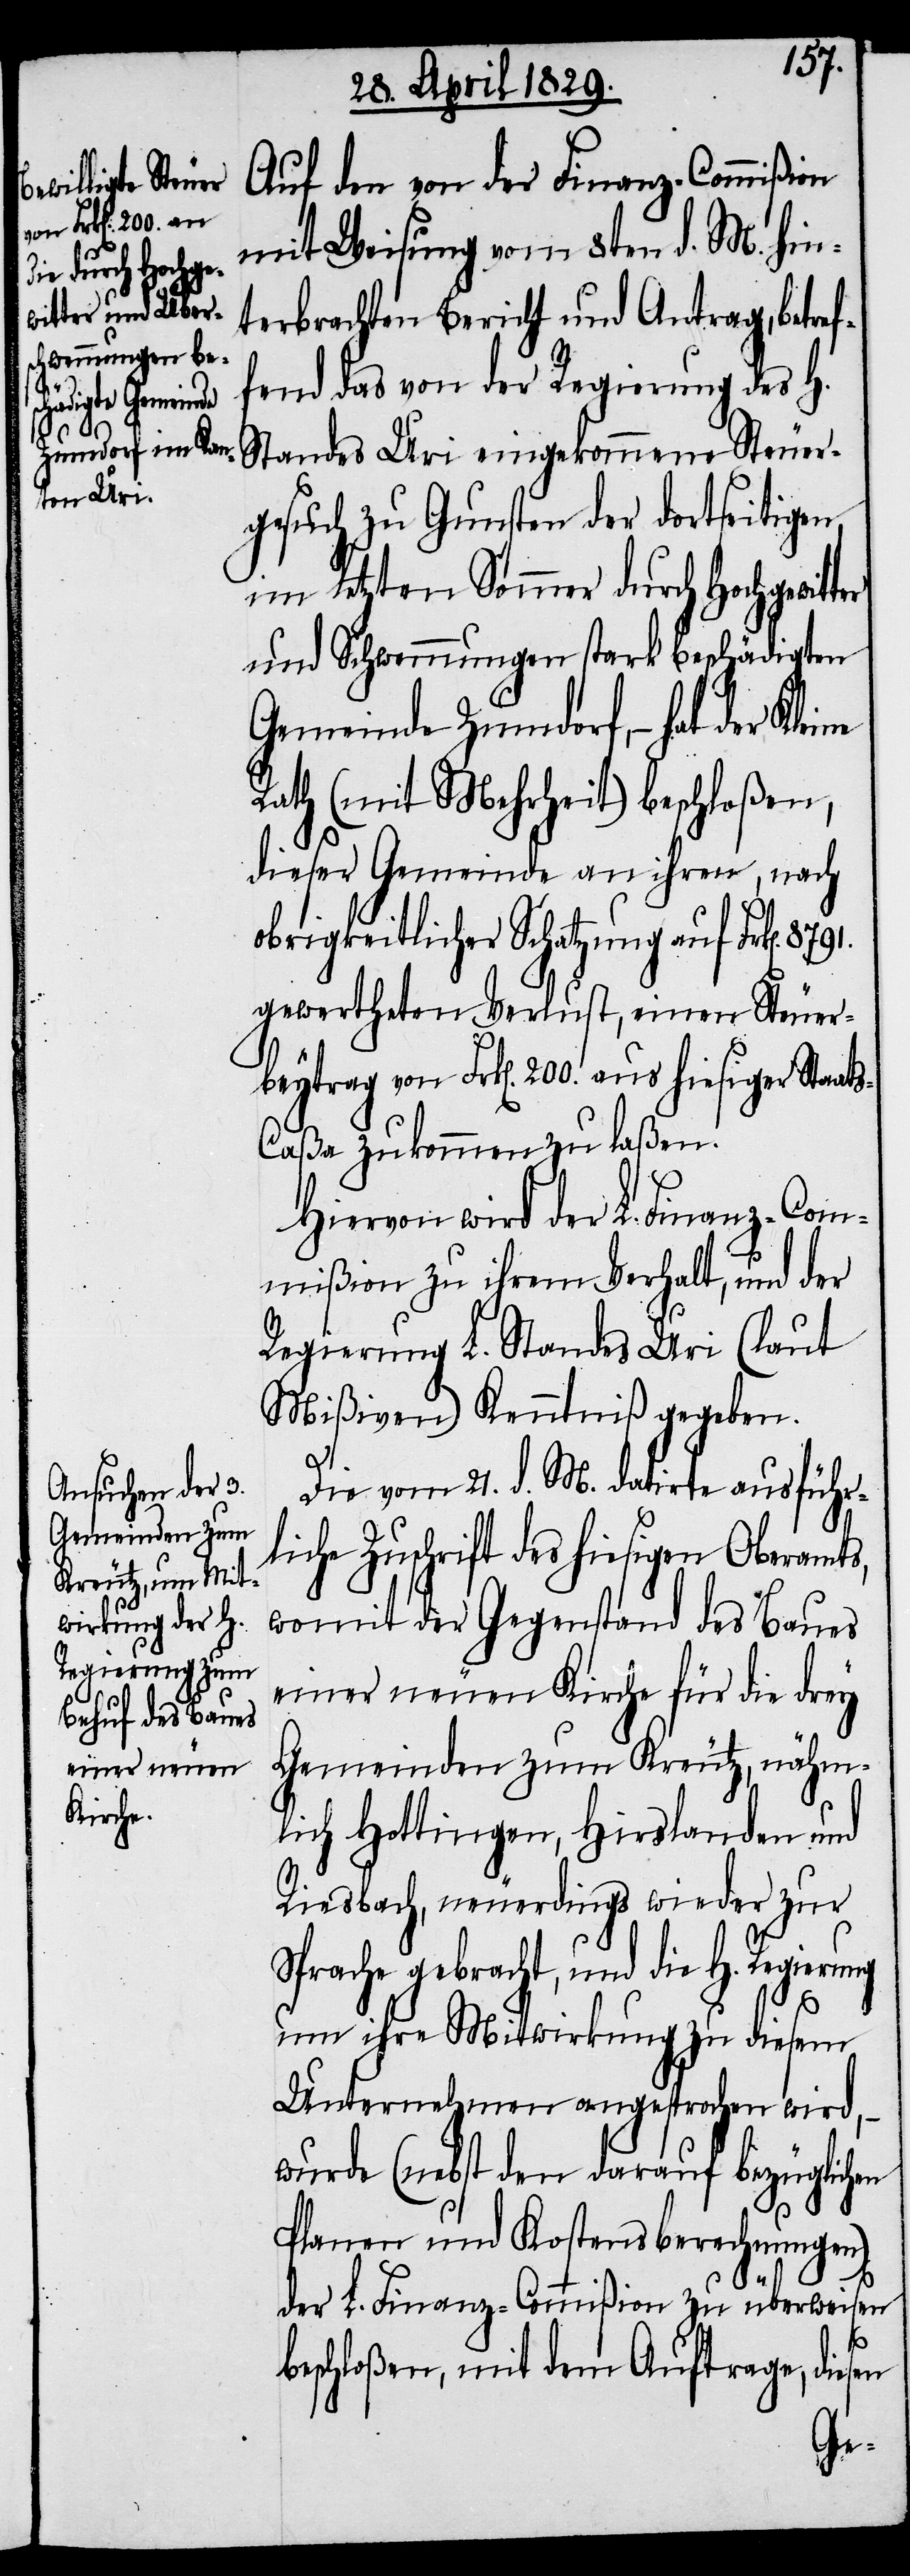
Auf den von der Finanz-Commißion
mit Weisung vom 8ten d. M. hin¬
terbrachten Bericht und Antrag, betref¬
fend das von der Regierung des H.
Standes Uri eingekommene Steuer¬
gesuch zu Gunsten der dortseitigen
im letzten Sommer durch Hochgewitter
und Schwemmungen stark beschädigten
Gemeinde Zumdorf,– hat der Kleine
Rath (mit Mehrheit) beschloßen,
dieser Gemeinde an ihren, nach
obrigkeitlicher Schatzung auf Frk[en].
gewertheten Verlust, einen Steuer¬
beytrag von Frk[en]. 200. aus hiesiger Staat¬
aßa zukommen zu laßen.
Hiervon wird der L. Finanz-Com¬
mißion zu ihrem Verhalt, und der
Regierung L. Standes Uri (laut
Mißiven) Kenntniß gegeben.
Die vom 21. d. M. datirte ausführ¬
liche Zuschrift des hiesigen Oberamts,
womit der Gegenstand des Baues
einer neuen Kirche für die drey
Gemeinden zum Kreutz, nähm¬
lich Hottingen, Hirslanden und
Riesbach, neuerdings wieder zur
Sprache gebracht, und die H. Regierung
um ihre Mitwirkung zu diesem
Unternehmen angesprochen wird,–
wurde (nebst den darauf bezüglichen
Planen und Kostensberechnungen)
der L. Finanz-Commißion zu überweisen
beschloßen, mit dem Auftrage, diesen
s-C¬